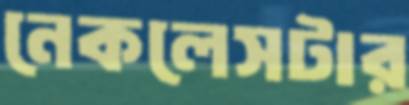
নেকলেসটার